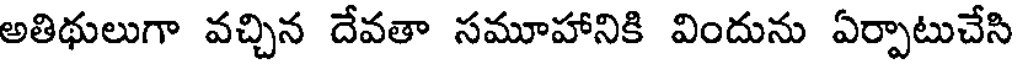
అతిథులుగా వచ్చిన దేవతా సమూహానికి విందును ఏర్పాటుచేసి